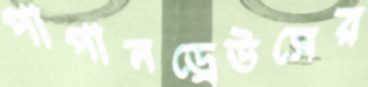
পাপানড্রেউসের